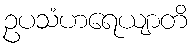
ဥပသံဟရေယျာတိ